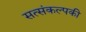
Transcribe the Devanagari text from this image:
सत्संकल्पकी